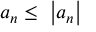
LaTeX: a _ { n } \leq \ \left| a _ { n } \right\vert